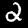
Digit: 2